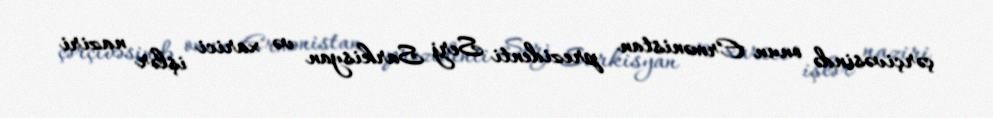
çərçivəsində onun Ermənistan prezidenti Serj Sarkisyan və xarici işlər naziri